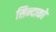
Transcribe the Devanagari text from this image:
सिन्दाको